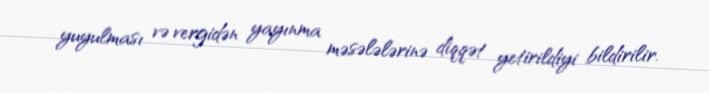
yuyulması və vergidən yayınma məsələlərinə diqqət yetirildiyi bildirilir.